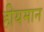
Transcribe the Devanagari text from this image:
हीयमान